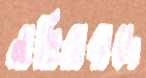
নাছিরাবাদে